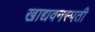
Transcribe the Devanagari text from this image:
खाद्यवनस्पती